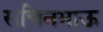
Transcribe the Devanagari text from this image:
सचिनभाऊ